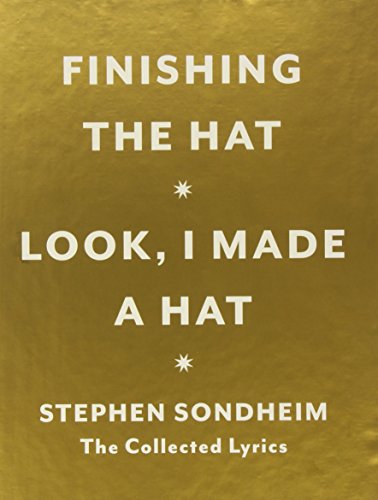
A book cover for Hat Box: The Collected Lyrics of Stephen Sondheim; Stephen Sondheim; Humor & Entertainment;